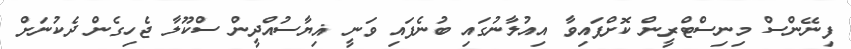
ފިނޭންސް މިނިސްޓްރީން ކޮށްފައިވާ އިއުލާނުގައި ބުނެފައި ވަނީ ޣިޔާސުއްދީން ސްކޫލާ ޖެހިގެން ދެކުނަށް